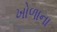
ખોળાના